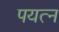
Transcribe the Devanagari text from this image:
पयत्न